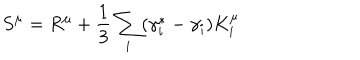
S ^ { \mu } = R ^ { \mu } + \frac { 1 } { 3 } \sum _ { i } ( \gamma _ { i } ^ { \ast } - \gamma _ { i } ) K _ { i } ^ { \mu }